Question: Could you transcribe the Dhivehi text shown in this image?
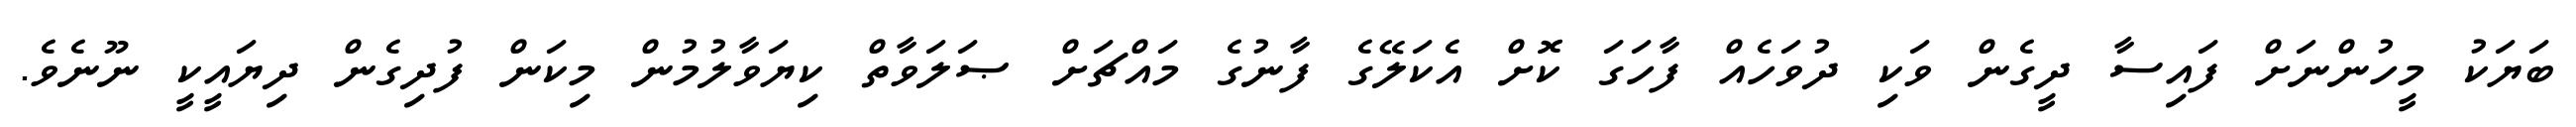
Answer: ބަޔަކު މީހުންނަށް ފައިސާ ދީގެން ވަކި ދުވަހެއް ފާހަގަ ކޮށް އެކަލޭގެ ފާނުގެ މައްޗަށް ޞަލަވާތް ކިޔަވާލުމުން މިކަން ފުދިގެން ދިޔައީކީ ނޫނެވެ.